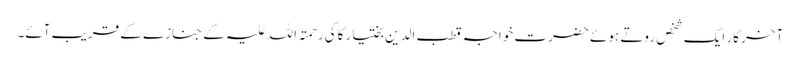
آخر کار ایک شخص روتے ہوئے حضرت خواجہ قطب الدین بختیار کاکی رحمتہ اللہ علیہ کے جنازے کے قریب آئے۔